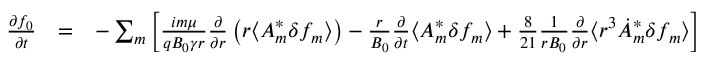
\begin{array} { r l r } { \frac { \partial f _ { 0 } } { \partial t } } & { = } & { - \sum _ { m } \left[ \frac { i m \mu } { q B _ { 0 } \gamma r } \frac { \partial } { \partial r } \left( r \langle A _ { m } ^ { * } \delta f _ { m } \rangle \right) - \frac { r } { B _ { 0 } } \frac { \partial } { \partial t } \langle { A } _ { m } ^ { * } \delta f _ { m } \rangle + \frac { 8 } { 2 1 } \frac { 1 } { r B _ { 0 } } \frac { \partial } { \partial r } \langle r ^ { 3 } \dot { A } _ { m } ^ { * } \delta f _ { m } \rangle \right] } \end{array}